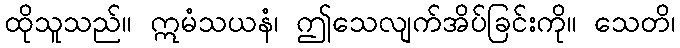
ထိုသူသည်။ ဣမံသယနံ၊ ဤသေလျက်အိပ်ခြင်းကို။ သေတိ၊